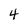
Character: 4